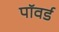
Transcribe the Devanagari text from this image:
पॉवर्ड